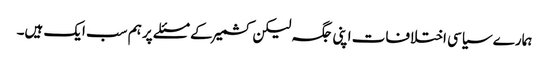
ہمارے سیاسی اختلافات اپنی جگہ لیکن کشمیر کے مسئلے پر ہم سب ایک ہیں۔